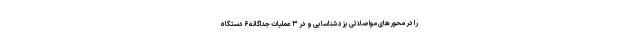
را در محورهای مواصلاتی یزد شناسایی و در ۳ عملیات جداگانه ۶ دستگاه